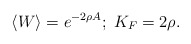
\begin{align*}\langle W \rangle = e^{-2\rho A};\;K_F = 2\rho.\end{align*}